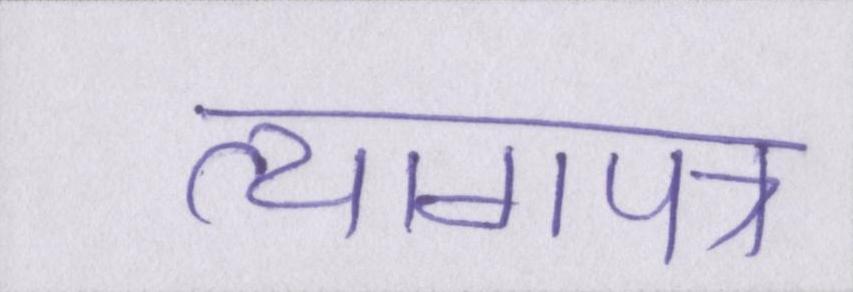
त्यागपत्र